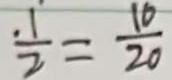
\frac { . 1 } { 2 } = \frac { 1 6 } { 2 0 }